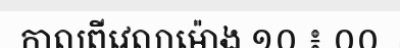
កាលពីវេលាម៉ោង ១០ ៖ ០០